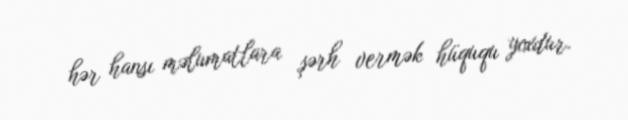
hər hansı məlumatlara şərh vermək hüququ yoxdur.